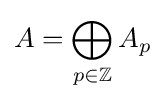
A=\bigoplus _{p\in \mathbb {Z} }A_{p}